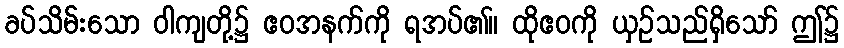
ခပ်သိမ်းသော ဝါကျတို့၌ ဧဝအနက်ကို ရအပ်၏။ ထိုဧဝကို ယှဉ်သည်ရှိသော် ဤ၌